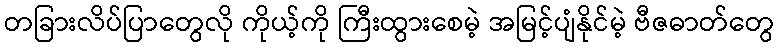
တခြားလိပ်ပြာတွေလို ကိုယ့်ကို ကြီးထွားစေမဲ့ အမြင့်ပျံနိုင်မဲ့ ဗီဇဓာတ်တွေ